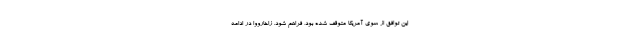
این توافق از سوی آمریکا متوقف شده بود، فراهم شود. زاخارووا در ادامه